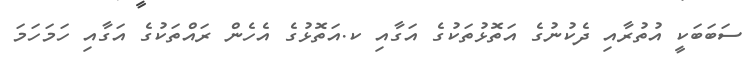
ސަބަބަކީ އުތުރާއި ދެކުނުގެ އަތޮޅުތަކުގެ އަގާއި ކ.އަތޮޅުގެ އެހެން ރައްތަކުގެ އަގާއި ހަމަހަމަ